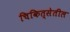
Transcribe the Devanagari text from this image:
चिकित्सेतील